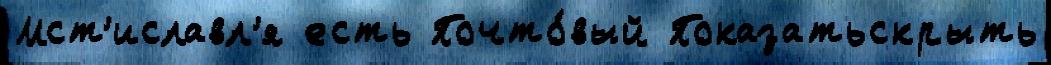
Мст'иславл'я есть Почто́вый Показатьскрыть